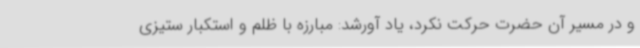
و در مسیر آن حضرت حرکت نکرد، یاد آورشد: مبارزه با ظلم و استکبار ستیزی